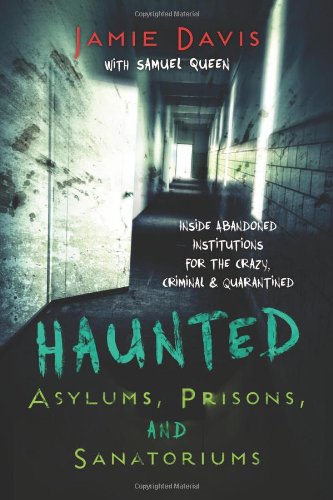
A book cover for Haunted Asylums, Prisons, and Sanatoriums: Inside Abandoned Institutions for the Crazy, Criminal & Quarantined; Jamie Davis; Religion & Spirituality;